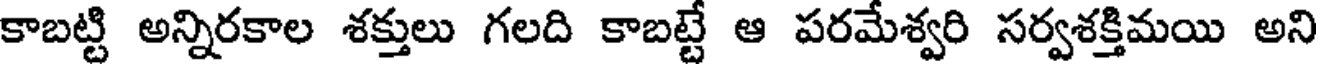
కాబట్టి అన్నిరకాల శక్తులు గలది కాబట్టే ఆ పరమేశ్వరి సర్వశక్తిమయి అని